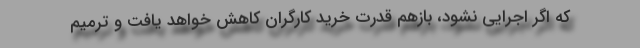
که اگر اجرایی نشود، بازهم قدرت خرید کارگران کاهش خواهد یافت و ترمیم